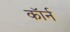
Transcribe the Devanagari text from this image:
कॉर्न